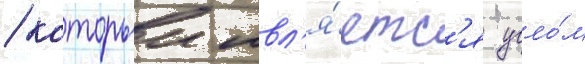
/ которыи явл'я́етс'я угло́м